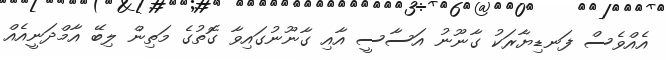
އެއްވެސް ފަނޑިޔާރަކު ގާނޫނު އަސާސީ އާއި ގާނޫނުގައިވާ ގޮތުގެ މަތިން ލިބޭ އާމްދަނީއެއް